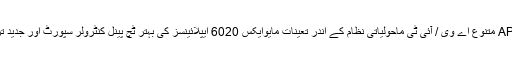
میٹروکس کے تازہ ترین APIs متنوع اے وی / آئی ٹی ماحولیاتی نظام کے اندر تعینات مایوایکس 6020 ایپلائینسز کی بہتر ٹچ پینل کنٹرولر سپورٹ اور جدید ترین نگرانی فراہم کرتے ہیں۔